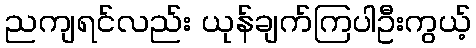
ညကျရင်လည်း ယုန်ချက်ကြပါဦးကွယ့်